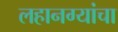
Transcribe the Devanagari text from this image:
लहानग्यांचा